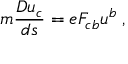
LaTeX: m { \frac { D u _ { c } } { d s } } = e F _ { c b } u ^ { b } \; ,